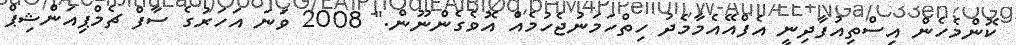
ކޮންމެހެން އިސްތިއުފާދިނީ އެފްއޭއެމާމެދު ހިތްހަމަނުޖެހުމެއް އޮވެގެންނޫން." 2008 ވަނަ އަހަރުގެ ސާފް ޗެމްޕިއަންޝިޕް